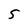
Character: 5